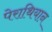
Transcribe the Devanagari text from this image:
पेराथियान